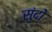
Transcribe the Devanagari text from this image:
सुंदो